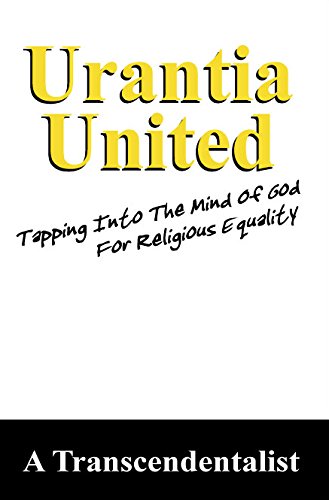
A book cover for Urantia United: Tapping Into The Mind Of God; Kurt Kawohl; Religion & Spirituality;